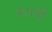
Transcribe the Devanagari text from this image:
रूपयो